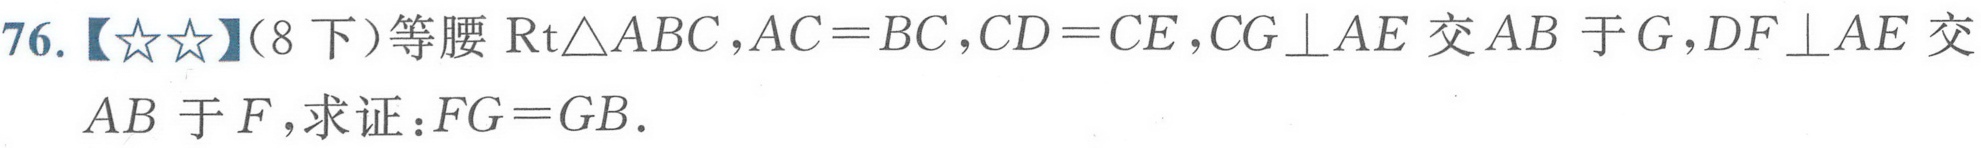
76.【★★】（8下）等腰$\text{Rt}\triangle ABC，AC = BC，CD = CE，CG\perp AE$交$AB$于$G，DF\perp AE$交$AB$于$F，$求证：$FG = GB.$